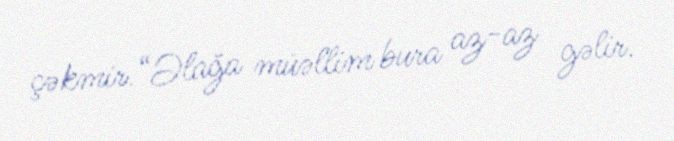
çəkmir.“Əlağa müəllim bura az-az gəlir.